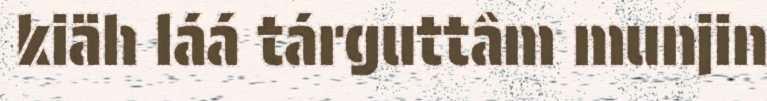
kiäh láá tárguttâm munjin